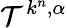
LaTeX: \mathcal{T}^{k^{n},\alpha}